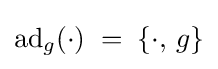
\operatorname {ad} _{g}(\cdot )\;=\;\{\cdot ,\,g\}